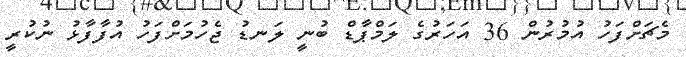
މެޗަށްފަހު އުމުރުން 36 އަހަރުގެ ލަމްޕާޑް ބުނީ ލަނޑު ޖެހުމަށްފަހު އުފާފާޅު ނުކުރީ